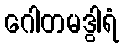
ဂေါတမဒွါရံ